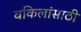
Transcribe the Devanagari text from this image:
वकिलांसाठी